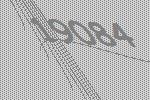
19084